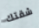
شقتك